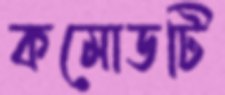
কমোডটি